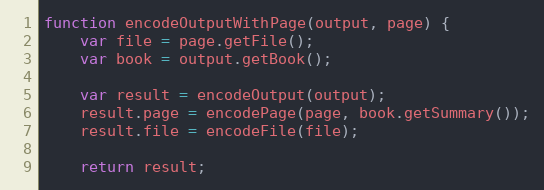
Language: JavaScript
function encodeOutputWithPage(output, page) {
    var file = page.getFile();
    var book = output.getBook();

    var result = encodeOutput(output);
    result.page = encodePage(page, book.getSummary());
    result.file = encodeFile(file);

    return result;